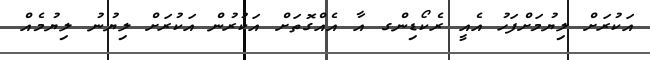
އަކުރަށް ލިޔުމަށްފަހު އެއީ ރެކޯޑިންގ އާ އެއްގޮތަށް އަކުރުން އަކުރަށް ލިޔުނު ލިޔުމެއް